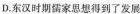
D.东汉时期儒家思想得到了发展